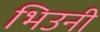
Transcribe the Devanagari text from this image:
भिउनी